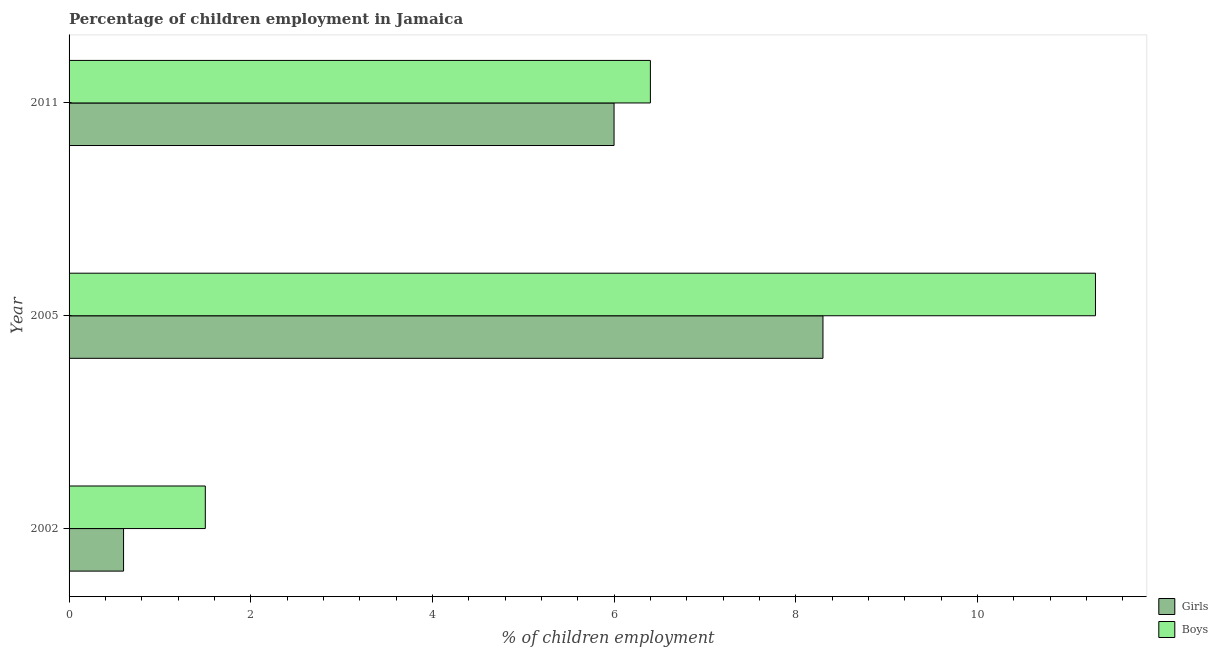
| Year | Girls | Boys |
 | --- | --- | --- |
 | 2002 | 0.6 | 1.5 |
 | 2005 | 8.3 | 11.3 |
 | 2011 | 6 | 6.4 |